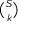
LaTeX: \textstyle { \binom { S } { k } }